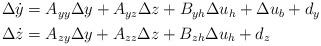
LaTeX: \begin{align*}\begin{aligned}\Delta\dot{y}&=A_{yy}\Delta y+A_{yz}\Delta z+B_{yh}\Delta u_h+\Delta u_b+d_y\\\Delta\dot{z}&=A_{zy}\Delta y+A_{zz}\Delta z+B_{zh}\Delta u_h+d_z\\\end{aligned}\end{align*}